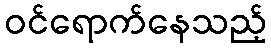
ဝင်ရောက်နေသည့်